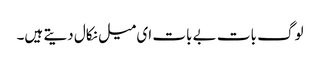
لوگ بات بے بات ای میل نکال دیتے ہیں۔